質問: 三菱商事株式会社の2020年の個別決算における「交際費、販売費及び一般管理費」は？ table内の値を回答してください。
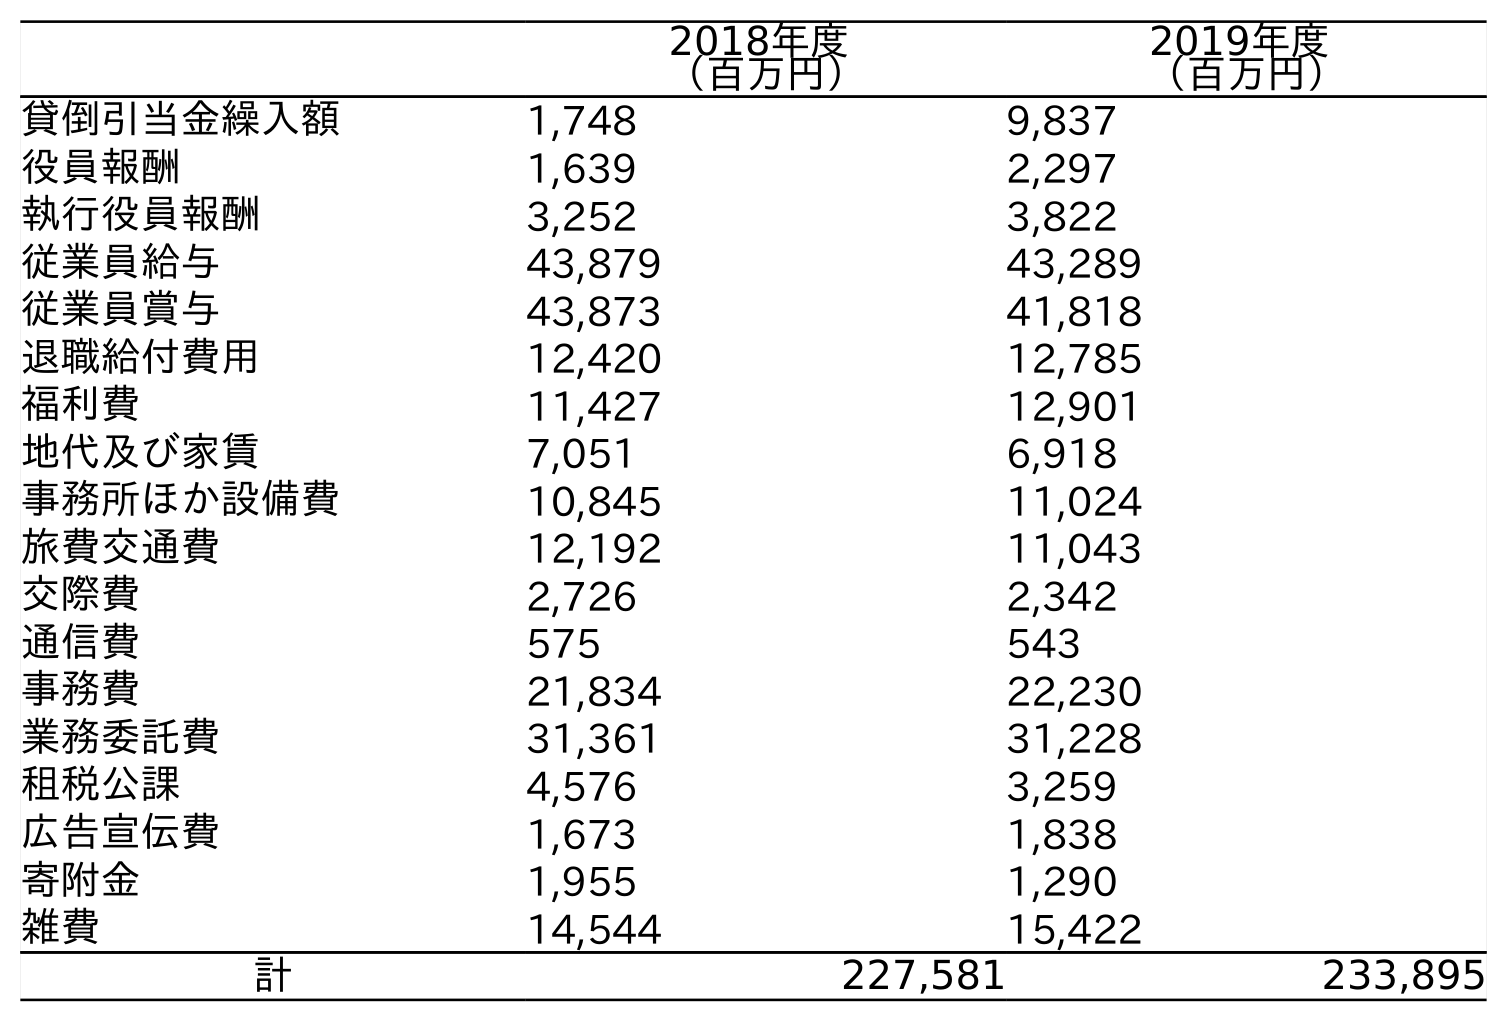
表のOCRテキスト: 2018年度 （百万円） 2019年度 （百万円） 貸倒引当金繰入額 1,748 9,837 役員報酬 1,639 2,297 執行役員報酬 3,252 3,822 従業員給与 43,879 43,289 従業員賞与 43,873 41,818 退職給付費用 12,420 12,785 福利費 11,427 12,901 地代及び家賃 7,051 6,918 事務所ほか設備費 10,845 11,024 旅費交通費 12,192 11,043 交際費 2,726 2,342 通信費 575 543 事務費 21,834 22,230 業務委託費 31,361 31,228 租税公課 4,576 3,259 広告宣伝費 1,673 1,838 寄附金 1,955 1,290 雑費 14,544 15,422 計 227,581 233,895
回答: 2,342